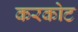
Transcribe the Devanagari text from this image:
करकोट